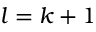
l = k + 1